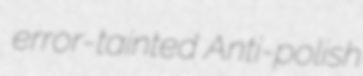
error-tainted Anti-polish